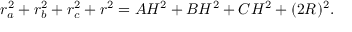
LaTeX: r _ { a } ^ { 2 } + r _ { b } ^ { 2 } + r _ { c } ^ { 2 } + r ^ { 2 } = A H ^ { 2 } + B H ^ { 2 } + C H ^ { 2 } + ( 2 R ) ^ { 2 } .